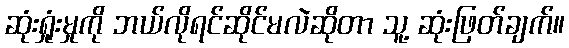
ဆုံးရှုံးမှုကို ဘယ်လိုရင်ဆိုင်မလဲဆိုတာ သူ့ ဆုံးဖြတ်ချက်။